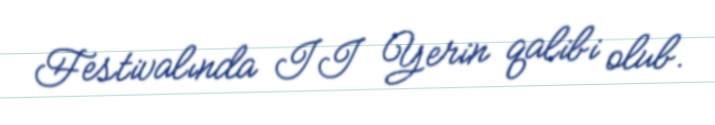
Festivalında II Yerin qalibi olub.